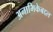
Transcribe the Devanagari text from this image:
अनामिकेबद्दल